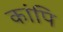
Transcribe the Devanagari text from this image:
कांपि